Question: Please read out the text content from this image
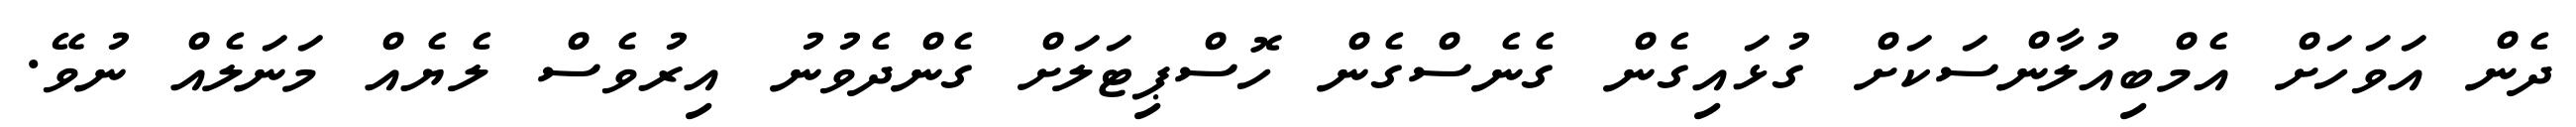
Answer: ދެން އަވަހަށް އެމްބިއުލާންސަކަށް ގުޅައިގެން ގެނެސްގެން ހޮސްޕިޓަލަށް ގެންދެވުނު އިރުވެސް ލެޔެއް މަނަލެއް ނުވޭ.